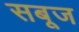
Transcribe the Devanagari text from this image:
सबूज